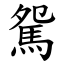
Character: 駌